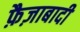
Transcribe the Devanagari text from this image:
फ़ैज़ाबादी